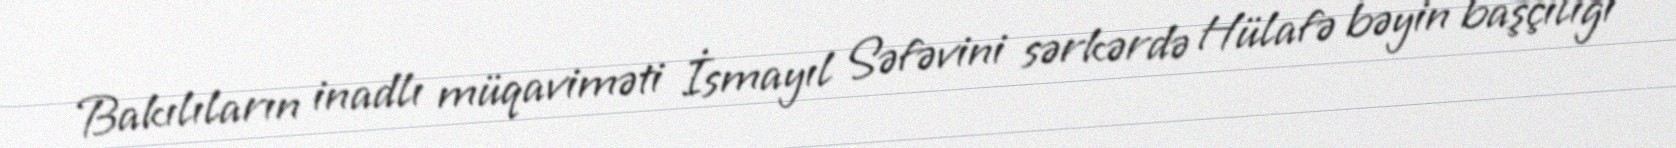
Bakılıların inadlı müqaviməti İsmayıl Səfəvini sərkərdə Hülafə bəyin başçılığı